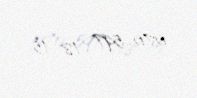
070 597 18 15